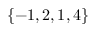
\{ - 1 , 2 , 1 , 4 \}